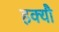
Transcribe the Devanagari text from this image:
हक्यौ